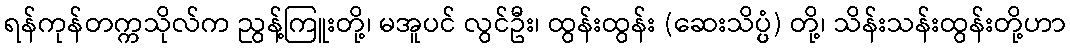
ရန်ကုန်တက္ကသိုလ်က ညွန့်ကြူးတို့၊ မအူပင် လွင်ဦး၊ ထွန်းထွန်း (ဆေးသိပ္ပ္ပံ) တို့၊ သိန်းသန်းထွန်းတို့ဟာ